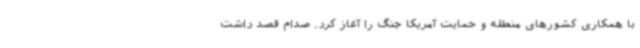
با همکاری کشورهای منطقه و حمایت آمریکا جنگ را آغاز کرد. صدام قصد داشت